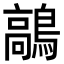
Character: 鶮